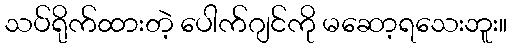
သပ်ရိုက်ထားတဲ့ ပေါက်ဂျင်ကို မဆော့ရသေးဘူး။